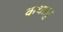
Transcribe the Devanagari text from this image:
कथालु